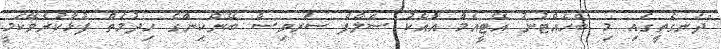
"ދަނގެތީގައި މި ބެހެއްޓުނު އޭޓީއެމް އާއެކު ސެލްފް ސަރވިސް ބޭންކިންގެ ހިދުމަތް ފުޅާކުރެވޭކަމީ